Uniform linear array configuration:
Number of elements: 32
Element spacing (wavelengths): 0.75
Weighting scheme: exponential
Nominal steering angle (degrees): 30
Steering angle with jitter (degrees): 31.051
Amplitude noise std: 0.05
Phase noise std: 0.05

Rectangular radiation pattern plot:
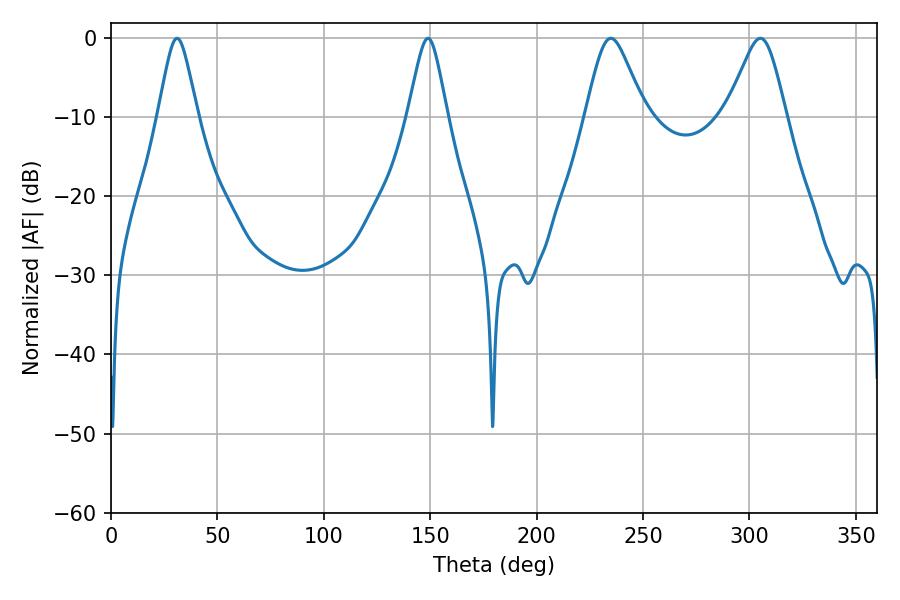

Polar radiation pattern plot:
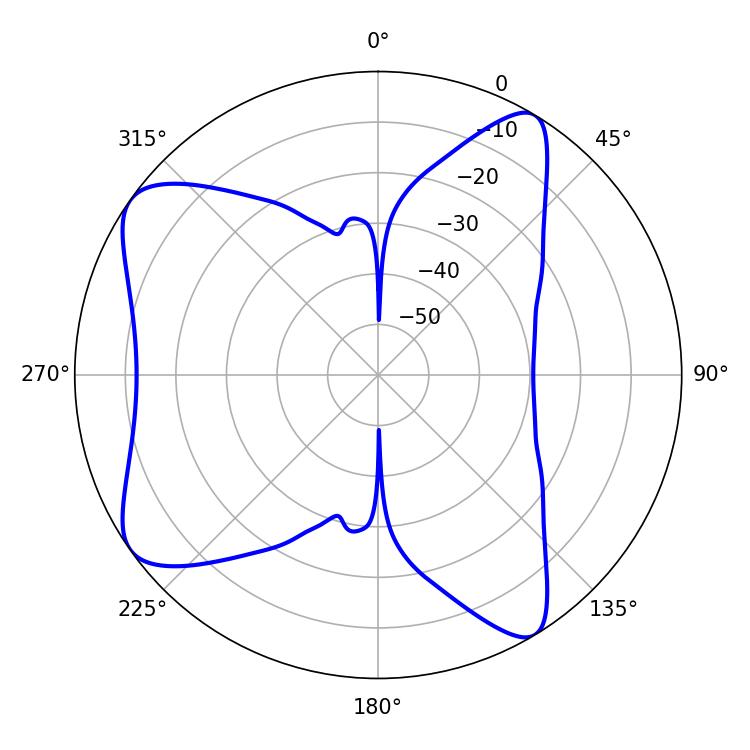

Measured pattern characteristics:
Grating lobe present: TRUE
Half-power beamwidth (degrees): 13.5
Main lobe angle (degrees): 234.9